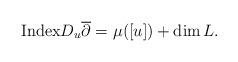
LaTeX: \begin{align*}{\rm Index}D_u\overline{\partial} = \mu([u]) + \dim L.\end{align*}